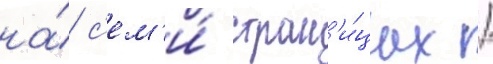
на́ с'ем'и́ стран'и́цах /